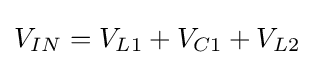
V_{IN}=V_{L1}+V_{C1}+V_{L2}